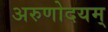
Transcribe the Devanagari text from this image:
अरुणोदयम्